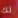
لك